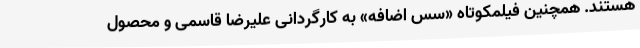
هستند. همچنین فیلمکوتاه «سس اضافه» به کارگردانی علیرضا قاسمی و محصول